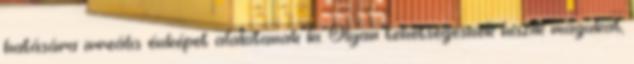
hatására irreális énképet alakítanak ki. Olyan tehetségesnek hiszik magukat,